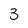
Character: 3